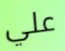
علي